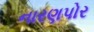
નારણપોર